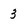
Character: 3